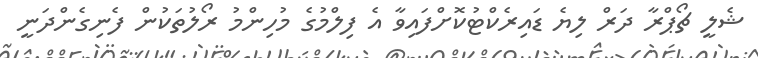
ޝެލީ ޗޯޕްރާ ދަރް ލިޔެ ޑައިރެކްޓުކޮށްފައިވާ އެ ފިލްމުގެ މުހިންމު ރޯލުތަކުން ފެނިގެންދަނީ